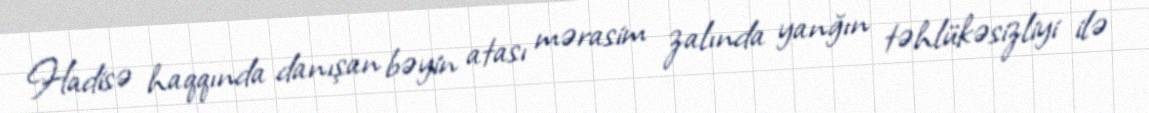
Hadisə haqqında danışan bəyin atası mərasim zalında yanğın təhlükəsizliyi ilə